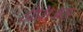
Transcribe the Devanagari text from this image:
हीसिअड